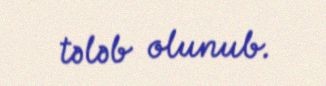
tələb olunub.